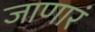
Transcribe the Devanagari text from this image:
जाणारं